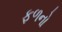
ફળનો